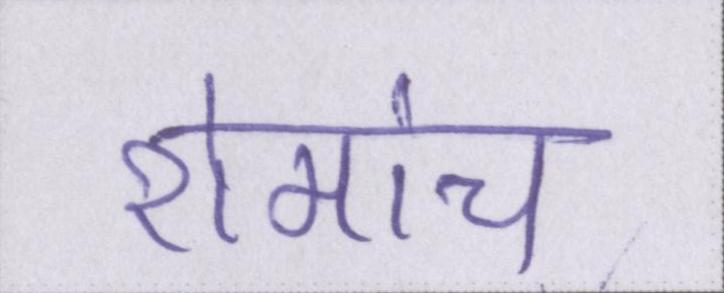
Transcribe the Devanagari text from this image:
रोमांच